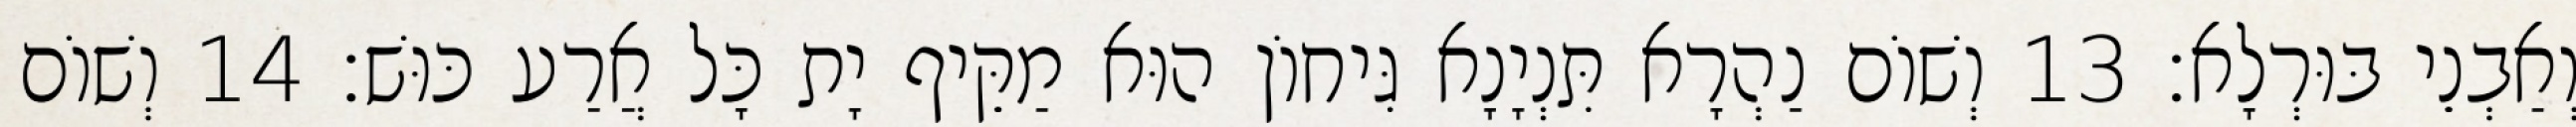
וְאַבְנֵי בּוּרְלָא׃ 13 וְשׁוֹם נַהְרָא תִּנְיָנָא גִּיחוֹן הוּא מַקֵּיף יָת כָּל אֲרַע כּוּשׁ׃ 14 וְשׁוֹם